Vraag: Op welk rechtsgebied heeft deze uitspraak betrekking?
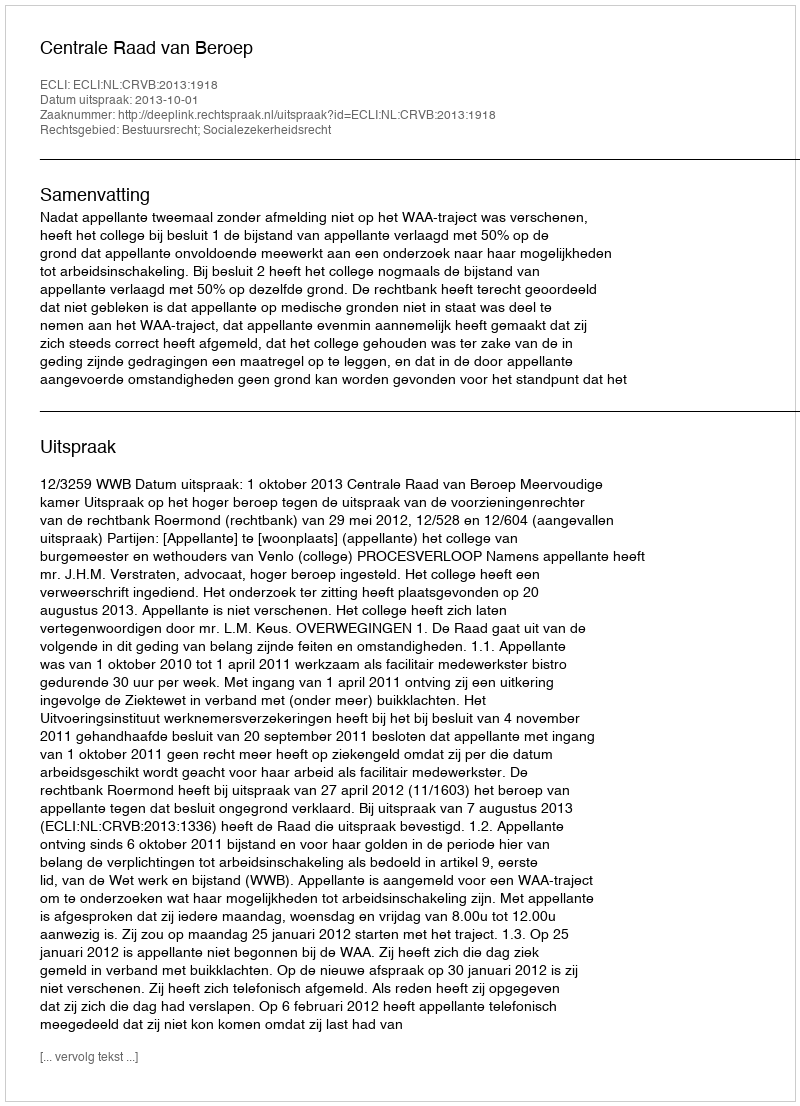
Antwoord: Bestuursrecht; Socialezekerheidsrecht